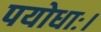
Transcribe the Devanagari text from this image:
पयोधाः।